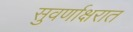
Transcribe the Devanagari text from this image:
सुवर्णाक्षरात